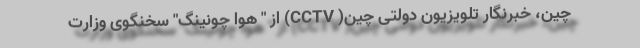
چین، خبرنگار تلویزیون دولتی چین( CCTV) از " هوا چونینگ" سخنگوی وزارت